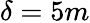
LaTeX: \delta=5m